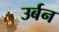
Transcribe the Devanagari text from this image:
उर्बन